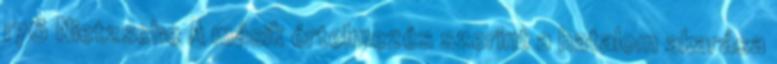
176 Nietzsche A másik értelmezés szerint a hatalom akarása